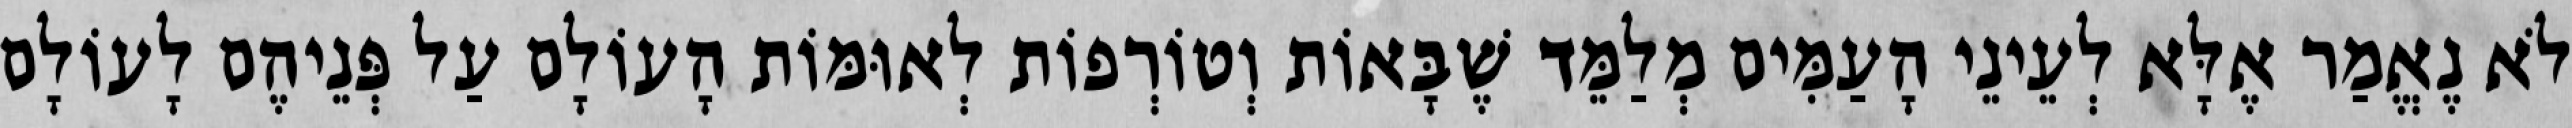
לֹא נֶאֱמַר אֶלָּא לְעֵינֵי הָעַמִּים מְלַמֵּד שֶׁבָּאוֹת וְטוֹרְפוֹת לְאוּמּוֹת הָעוֹלָם עַל פְּנֵיהֶם לָעוֹלָם